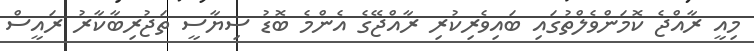
މިއީ ރާއްޖެ ކޮމަންވެލްތުގައި ބައިވެރިކުރި ރާއްޖޭގެ އެންމެ ބޮޑު ސިޔާސީ ތަޖުރިބާކާރު ރައީސް